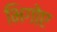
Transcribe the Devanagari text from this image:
भिगोए